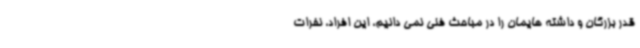
قدر بزرگان و داشته هایمان را در مباحث فنی نمی دانیم، این افراد، نفرات